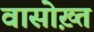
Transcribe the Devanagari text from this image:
वासोख़्त